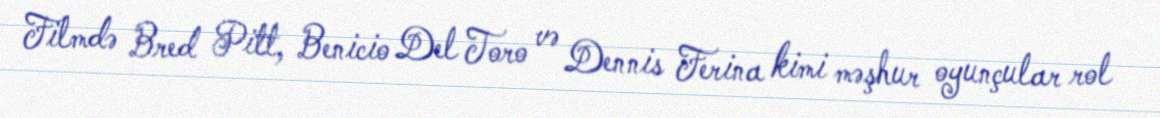
Filmdə Bred Pitt, Benicio Del Toro və Dennis Ferina kimi məşhur oyunçular rol